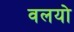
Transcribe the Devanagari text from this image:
वलयो